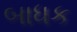
બાધક